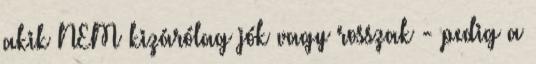
akik NEM kizárólag jók vagy rosszak - pedig a